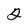
Character: 2